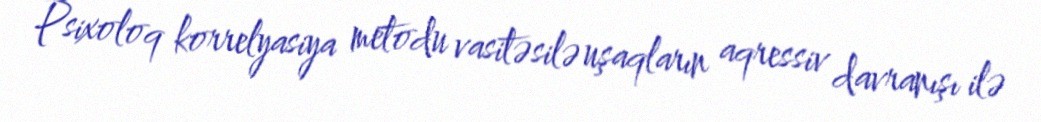
Psixoloq korrelyasiya metodu vasitəsilə uşaqların aqressiv davranışı ilə